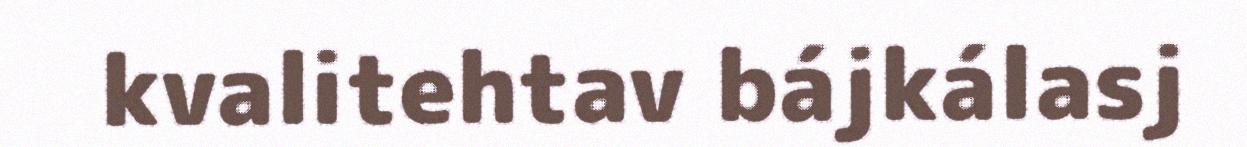
kvalitehtav bájkálasj